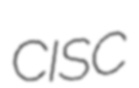
CISC